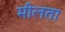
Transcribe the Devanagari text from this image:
मीलता